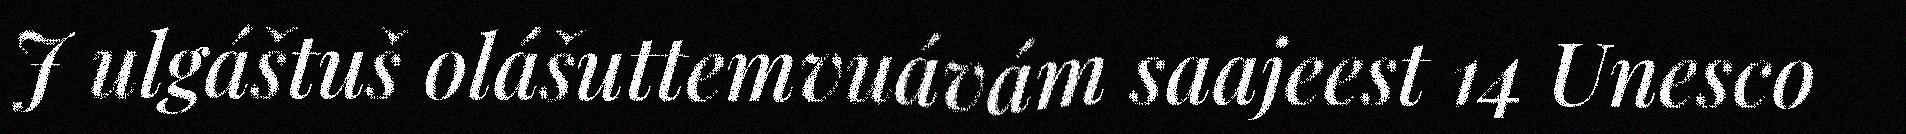
J ulgáštuš olášuttemvuávám saajeest 14 Unesco